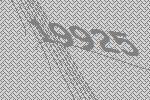
19925